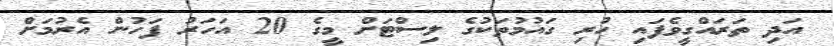
އަދި ތަރައްގީވެފައި ހުރި ގައުމުތަކުގެ ލިސްޓަށް މީގެ 20 އަހަރު ފަހުން އެރުމަށް